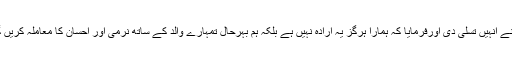
آپؐ نے انہیں تسلی دی اورفرمایا کہ ہمارا ہرگز یہ ارادہ نہیں ہے بلکہ ہم بہرحال تمہارے والد کے ساتھ نرمی اور احسان کا معاملہ کریں گے۔